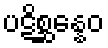
ပဋိစ္ဆန္နေဝ